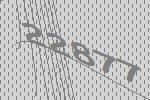
22877